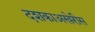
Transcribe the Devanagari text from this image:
दशकाअखेरीस